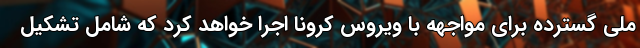
ملی گسترده برای مواجهه با ویروس کرونا اجرا خواهد کرد که شامل تشکیل